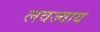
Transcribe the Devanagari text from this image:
लवज्वाय